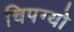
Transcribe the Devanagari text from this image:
चिपग्यो